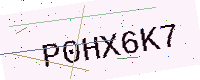
Text: P0HX6K7